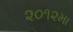
૨૦૧૨મા